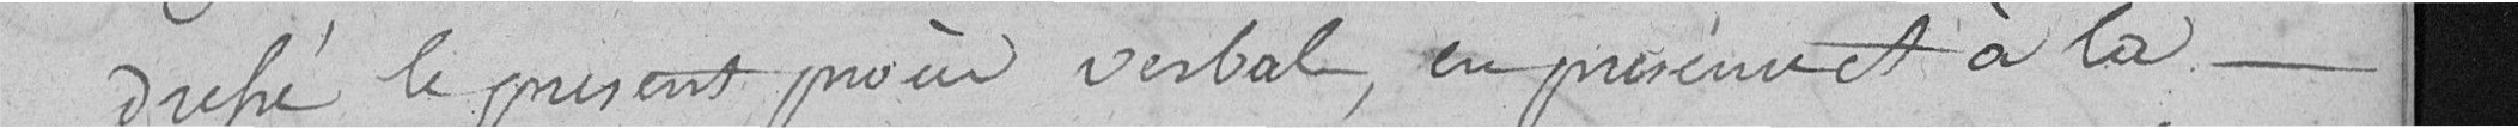
dressé le présent procès verbal, en présence et à la